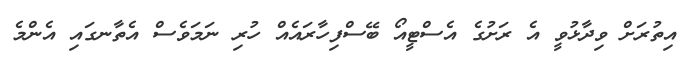
އިތުރަށް ވިދާޅުވީ އެ ރަށުގެ އެސްޓީއޯ ބޭސްފިހާރައެއް ހުރި ނަމަވެސް އެތާނގައި އެންމެ